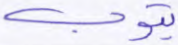
يتوب